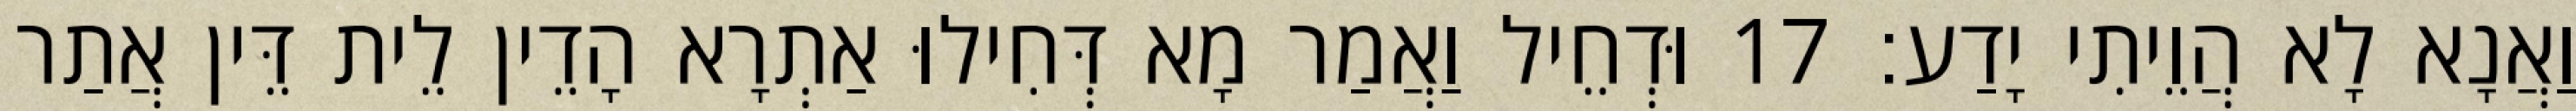
וַאֲנָא לָא הֲוֵיתִי יָדַע׃ 17 וּדְחֵיל וַאֲמַר מָא דְּחִילוּ אַתְרָא הָדֵין לֵית דֵּין אֲתַר